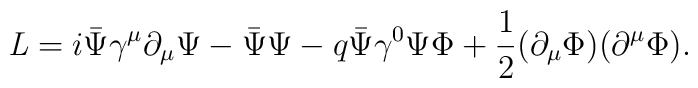
{\it L} = i \bar{\Psi} {\gamma}^{\mu} {\partial}_{\mu} {\Psi}-  \bar{\Psi} {\Psi}- q \bar{\Psi} {\gamma}^{0} {\Psi} \Phi+ {1 \over 2} ({\partial}_{\mu} \Phi)({\partial}^{\mu} \Phi).